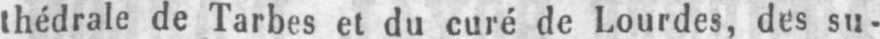
thédrale de Tarbes et du curé de Lourdes, des su-